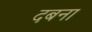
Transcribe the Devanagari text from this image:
दबना